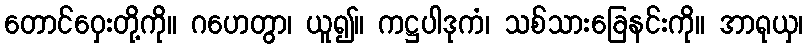
တောင်ဝှေးတို့ကို။ ဂဟေတွာ၊ ယူ၍။ ကဋ္ဌပါဒုကံ၊ သစ်သားခြေနင်းကို။ အာရုယှ၊